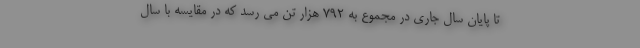
تا پایان سال جاری در مجموع به 792 هزار تن می رسد که در مقایسه با سال